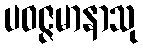
ပဝဇ္ဇမာနာသု